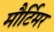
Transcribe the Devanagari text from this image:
मौर्टिमर